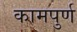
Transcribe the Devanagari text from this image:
कामपुर्ण